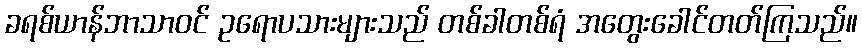
ခရစ်ယာန်ဘာသာဝင် ဥရောပသားများသည် တစ်ခါတစ်ရံ အတွေးခေါင်တတ်ကြသည်။